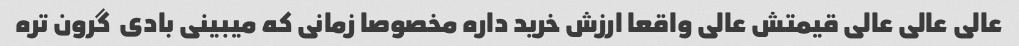
عالی عالی عالی قیمتش عالی واقعا ارزش خرید داره مخصوصا زمانی که میبینی بادی  گرون تره